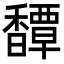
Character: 𩡝